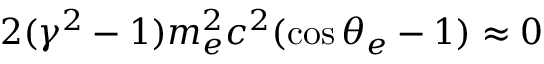
2 ( \gamma ^ { 2 } - 1 ) m _ { e } ^ { 2 } c ^ { 2 } ( \cos \theta _ { e } - 1 ) \approx 0